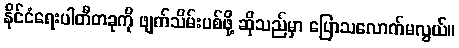
နိုင်ငံရေးပါတီတခုကို ဖျက်သိမ်းပစ်ဖို့ ဆိုသည်မှာ ပြောသလောက်မလွယ်။